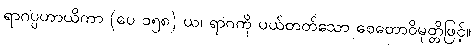
ရာဂပ္ပဟာယိကာ (ပေ ၁၅၈) ယ၊ ရာဂကို ပယ်တတ်သော စေတောဝိမုတ္တိဖြင့်။